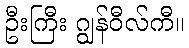
ဦးကြီး ဂျွန်ဝီလ်ကီ။